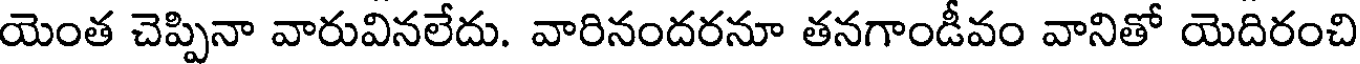
యెంత చెప్పినా వారువినలేదు. వారినందరనూ తనగాండీవం వానితో యెదిరంచి